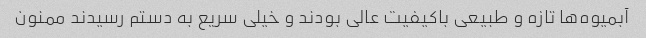
آبمیوه‌ها تازه و طبیعی باکیفیت عالی بودند و خیلی سریع به دستم رسیدند ممنون